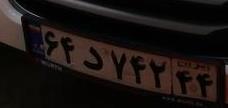
۶۴د۷۴۲۴۴